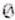
0